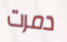
دمرت